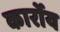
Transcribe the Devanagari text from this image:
कार्रोय